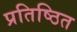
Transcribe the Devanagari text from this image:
प्रतिष्‍िठत